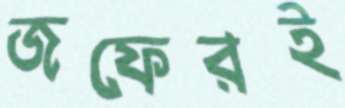
জফেরই